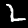
Digit: 2